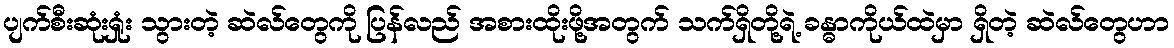
ပျက်စီးဆုံးရှုံး သွားတဲ့ ဆဲလ်တွေကို ပြန်လည် အစားထိုးဖို့အတွက် သက်ရှိတို့ရဲ့ ခန္ဓာကိုယ်ထဲမှာ ရှိတဲ့ ဆဲလ်တွေဟာ